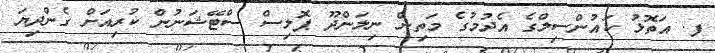
ފ. އަތޮޅު ކައުންސިލްގެ އެދުމުގެ މަތިން ނިލަންދޫ ޕޮލިސް ސްޓޭޝަނުން ކުރިއަށް ގެންދިޔަ